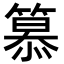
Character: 𥲸